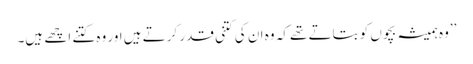
’’وہ ہمیشہ بچوں کو بتاتے تھے کہ وہ ان کی کتنی قدر کرتے ہیں اور وہ کتنے اچھے ہیں۔